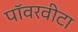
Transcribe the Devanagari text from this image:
पॉवरवीटा